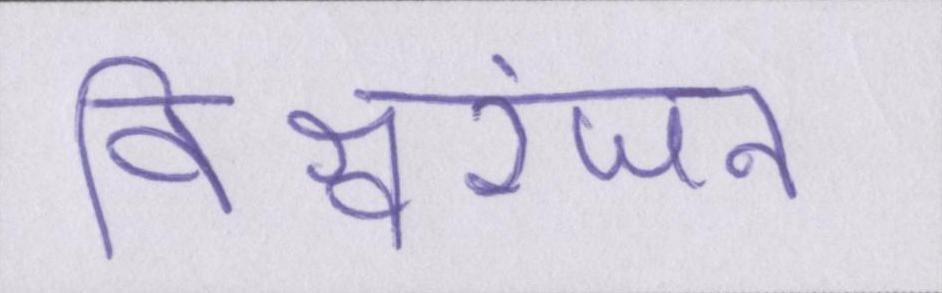
विश्वरंजन